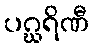
ပဂ္ဃရိဏီ